Report of veterinary surgeon J.H. Steel, A.V.D., on his investigation into an obscure and fatal disease among transport mules in British Burma
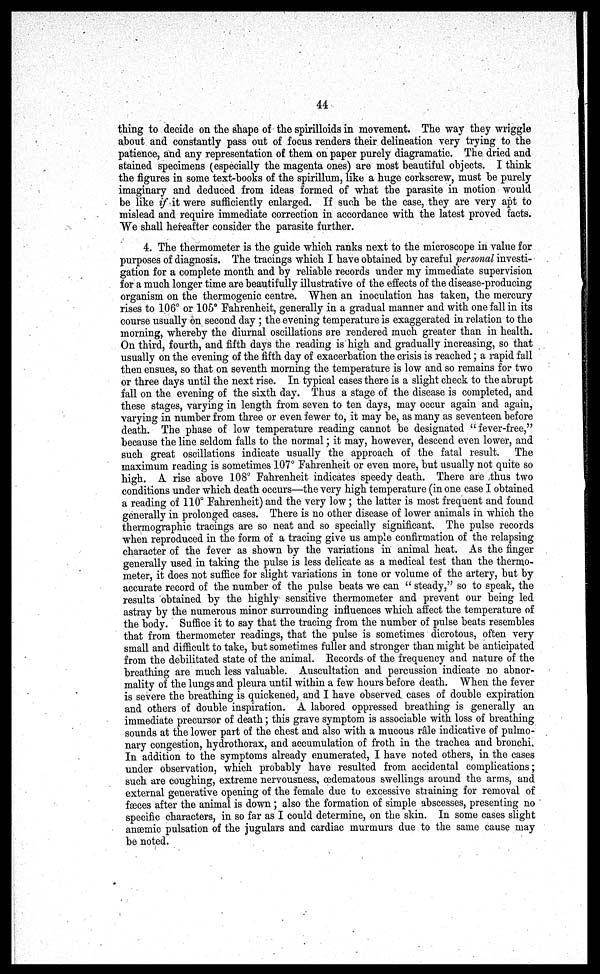
44
thing to decide on the shape of the spirilloids in movement. The way they wriggle
about and constantly pass out of focus renders their delineation very trying to the
patience, and any representation of them on paper purely diagramatic. The dried and
stained specimens (especially the magenta ones) are most beautiful objects. I think
the figures in some text-books of the spirillum, like a huge corkscrew, must be purely
imaginary and deduced from ideas formed of what the parasite in motion would
be like if it were sufficiently enlarged. If such be the case, they are very apt to
mislead and require immediate correction in accordance with the latest proved facts.
We shall hereafter consider the parasite further.
4. The thermometer is the guide which ranks next to the microscope in value for
purposes of diagnosis. The tracings which I have obtained by careful personal investi-
gation for a complete month and by reliable records under my immediate supervision
for a much longer time are beautifully illustrative of the effects of the disease-producing
organism on the thermogenic centre. When an inoculation has taken, the mercury
rises to 106° or 105° Fahrenheit, generally in a gradual manner and with one fall in its
course usually on second day ; the evening temperature is exaggerated in relation to the
morning, whereby the diurnal oscillations are rendered much greater than in health.
On third, fourth, and fifth days the reading is high and gradually increasing, so that
usually on the evening of the fifth day of exacerbation the crisis is reached; a rapid fall
then ensues, so that on seventh morning the temperature is low and so remains for two
or three days until the next rise. In typical cases there is a slight check to the abrupt
fall on the evening of the sixth day. Thus a stage of the disease is completed, and
these stages, varying in length from seven to ten days, may occur again and again,
varying in number from three or even fewer to, it may be, as many as seventeen before
death. The phase of low temperature reading cannot be designated " fever-free,"
because the line seldom falls to the normal; it may, however, descend even lower, and
such great oscillations indicate usually the approach of the fatal result. The
maximum reading is sometimes 107° Fahrenheit or even more, but usually not quite so
high. A rise above 108° Fahrenheit indicates speedy death. There are thus two
conditions under which death occurs—the very high temperature (in one case I obtained
a reading of 110° Fahrenheit) and the very low; the latter is most frequent and found
generally in prolonged cases. There is no other disease of lower animals in which the
thermographic tracings are so neat and so specially significant. The pulse records
when reproduced in the form of a tracing give us ample confirmation of the relapsing
character of the fever as shown by the variations in animal heat. As the finger
generally used in taking the pulse is less delicate as a medical test than the thermo-
meter, it does not suffice for slight variations in tone or volume of the artery, but by
accurate record of the number of the pulse beats we can " steady," so to speak, the
results obtained by the highly 1 sensitive thermometer and prevent our being led
astray by the numerous minor surrounding influences which affect the temperature of
the body. Suffice it to say that the tracing from the number of pulse beats resembles
that from thermometer readings, that the pulse is sometimes dicrotous, often very
small and difficult to take, but sometimes fuller and stronger than might be anticipated
from the debilitated state of the animal. Records of the frequency and nature of the
breathing are much less valuable. Auscultation and percussion indicate no abnor-
mality of the lungs and pleura until within a few hours before death. When the fever
is severe the breathing is quickened, and I have observed cases of double expiration
and others of double inspiration. A labored oppressed breathing is generally an
immediate precursor of death; this grave symptom is associable with loss of breathing
sounds at the lower part of the chest and also with a mucous râle indicative of pulmo-
nary congestion, hydrothorax, and accumulation of froth in the trachea and bronchi.
In addition to the symptoms already enumerated, I have noted others, in the cases
under observation, which probably have resulted from accidental complications;
such are coughing, extreme nervousness, oedematous swellings around the arms, and
external generative opening of the female due to excessive straining for removal of
faeces after the animal is down; also the formation of simple abscesses, presenting no
specific characters, in so far as I could determine, on the skin. In some cases slight
anaemic pulsation of the jugulars and cardiac murmurs due to the same cause may
be noted.